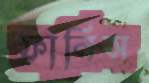
ফানিস